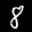
Label: 8